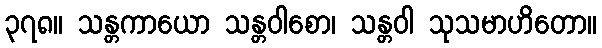
၃၇၈။ သန္တကာယော သန္တဝါစော၊ သန္တဝါ သုသမာဟိတော။